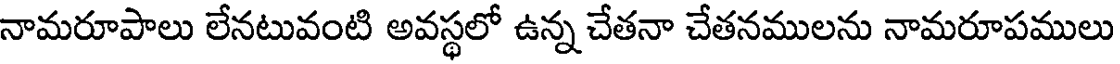
నామరూపాలు లేనటువంటి అవస్థలో ఉన్న చేతనా చేతనములను నామరూపములు